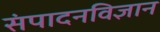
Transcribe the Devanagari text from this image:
संपादनविज्ञान